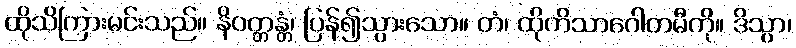
ထိုသိကြားမင်းသည်။ နိဝတ္တန္တံ၊ ပြန်၍သွားသော။ တံ၊ ထိုကိသာဂေါတမီကို။ ဒိသွာ၊